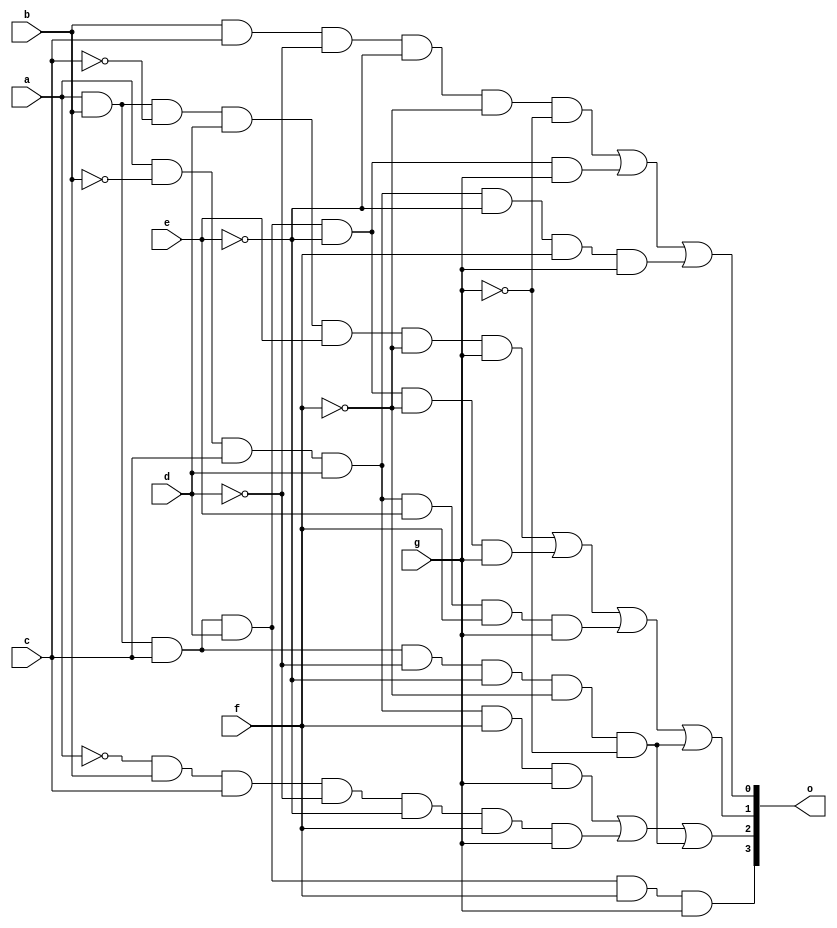
module decoder(
  input a,b,c,d,e,f,g,
  output [3:0] o
  );

assign o[3] =( a & b & c & d & f & g);
assign o[2] = (a & ~b & c & d & f & g) |  (~a & b & c & ~d & ~e & f & g) | (a & b & c & ~d & ~e & ~f & ~g);
assign o[1] = (a & b & ~c & d & e & ~f & g) | (a & b & c & d & ~e & ~f & g) | (a & ~b & c & d & e & f & g) | (a & b & c & ~d & ~e & ~f & ~g);
assign o[0] = (b & c & ~d & ~e & ~f & ~g) | (a & b & c & d & ~e & g) | (a & ~b & c & d & ~e & f & g);
              
endmodule